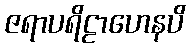
ဇရာပရိဠာဟေနပိ